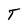
Character: T